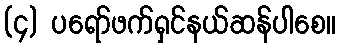
(၄) ပရော်ဖက်ရှင်နယ်ဆန်ပါစေ။